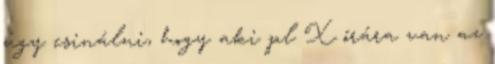
úgy csinálni, hogy aki pl X órára van az